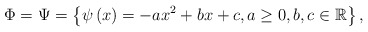
\begin{align*}\Phi=\Psi=\left\{ \psi\left(x\right)=-ax^{2}+bx+c,a\geq0,b,c\in\mathbb{R}\right\} ,\end{align*}